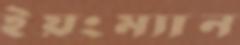
ইয়ংম্যান